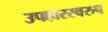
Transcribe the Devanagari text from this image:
उपहारस्वरुप